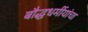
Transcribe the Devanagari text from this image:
बौद्धधर्मीयांचा